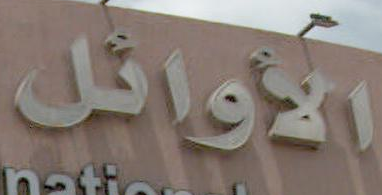
الأوائل